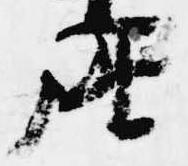
座